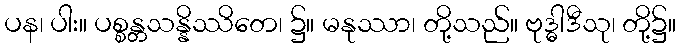
ပန၊ ပါး။ ပစ္စန္တသန္နိဿိတေ၊ ၌။ မနုဿာ၊ တို့သည်။ ဗုဒ္ဓါဒီသု၊ တို့၌။